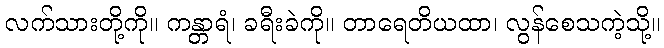
လက်သားတို့ကို။ ကန္တာရံ၊ ခရီးခဲကို။ တာရေတိယထာ၊ လွန်စေသကဲ့သို့။